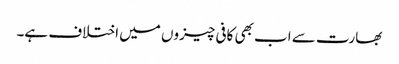
بھارت سے اب بھی کافی چیزوں میں اختلاف ہے۔